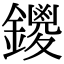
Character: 鑁